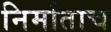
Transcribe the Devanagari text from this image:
निर्माताच